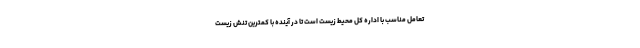
تعامل مناسب با اداره کل محیط زیست است تا در آینده با کمترین تنش زیست